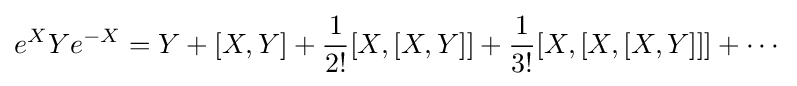
e^{X}Ye^{-X}=Y+\left[X,Y\right]+{\frac {1}{2!}}[X,[X,Y]]+{\frac {1}{3!}}[X,[X,[X,Y]]]+\cdots